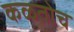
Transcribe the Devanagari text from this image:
कळतोच